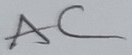
Text: AC